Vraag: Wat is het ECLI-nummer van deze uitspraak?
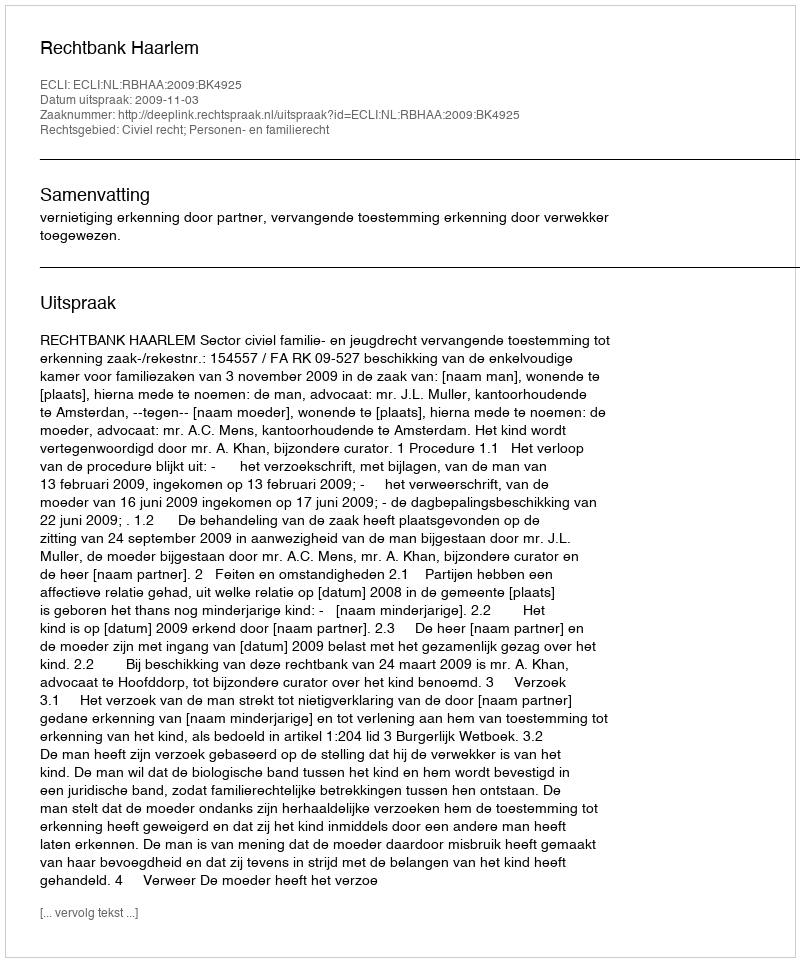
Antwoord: ECLI:NL:RBHAA:2009:BK4925